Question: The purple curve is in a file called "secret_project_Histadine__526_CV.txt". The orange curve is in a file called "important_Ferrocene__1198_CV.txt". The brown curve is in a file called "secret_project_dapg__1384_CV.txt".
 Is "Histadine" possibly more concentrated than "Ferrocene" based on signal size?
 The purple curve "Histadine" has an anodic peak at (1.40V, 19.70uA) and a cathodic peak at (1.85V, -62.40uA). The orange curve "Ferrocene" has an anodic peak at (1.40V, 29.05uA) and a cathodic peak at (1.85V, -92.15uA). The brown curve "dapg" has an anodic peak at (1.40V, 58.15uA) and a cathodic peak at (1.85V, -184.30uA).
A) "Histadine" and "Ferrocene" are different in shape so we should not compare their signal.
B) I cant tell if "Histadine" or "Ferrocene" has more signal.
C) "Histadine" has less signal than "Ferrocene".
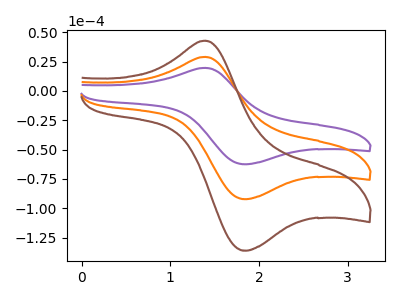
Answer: <think>All the peaks in "Histadine" have a peak in "Ferrocene" at the same potential. Every peak in "Histadine" is lower than every peak in "Ferrocene".
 </think>
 <answer>C) "Histadine" has less signal than "Ferrocene".</answer>
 <eval>C</eval>